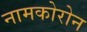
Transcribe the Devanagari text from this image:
नामकोरोन